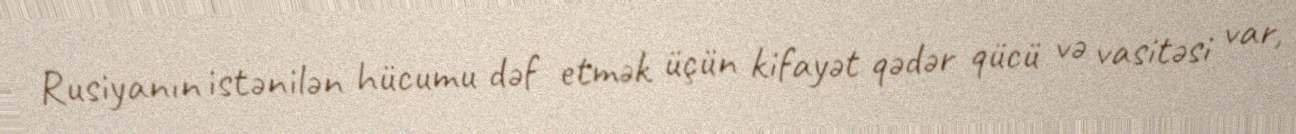
Rusiyanın istənilən hücumu dəf etmək üçün kifayət qədər qücü və vasitəsi var,